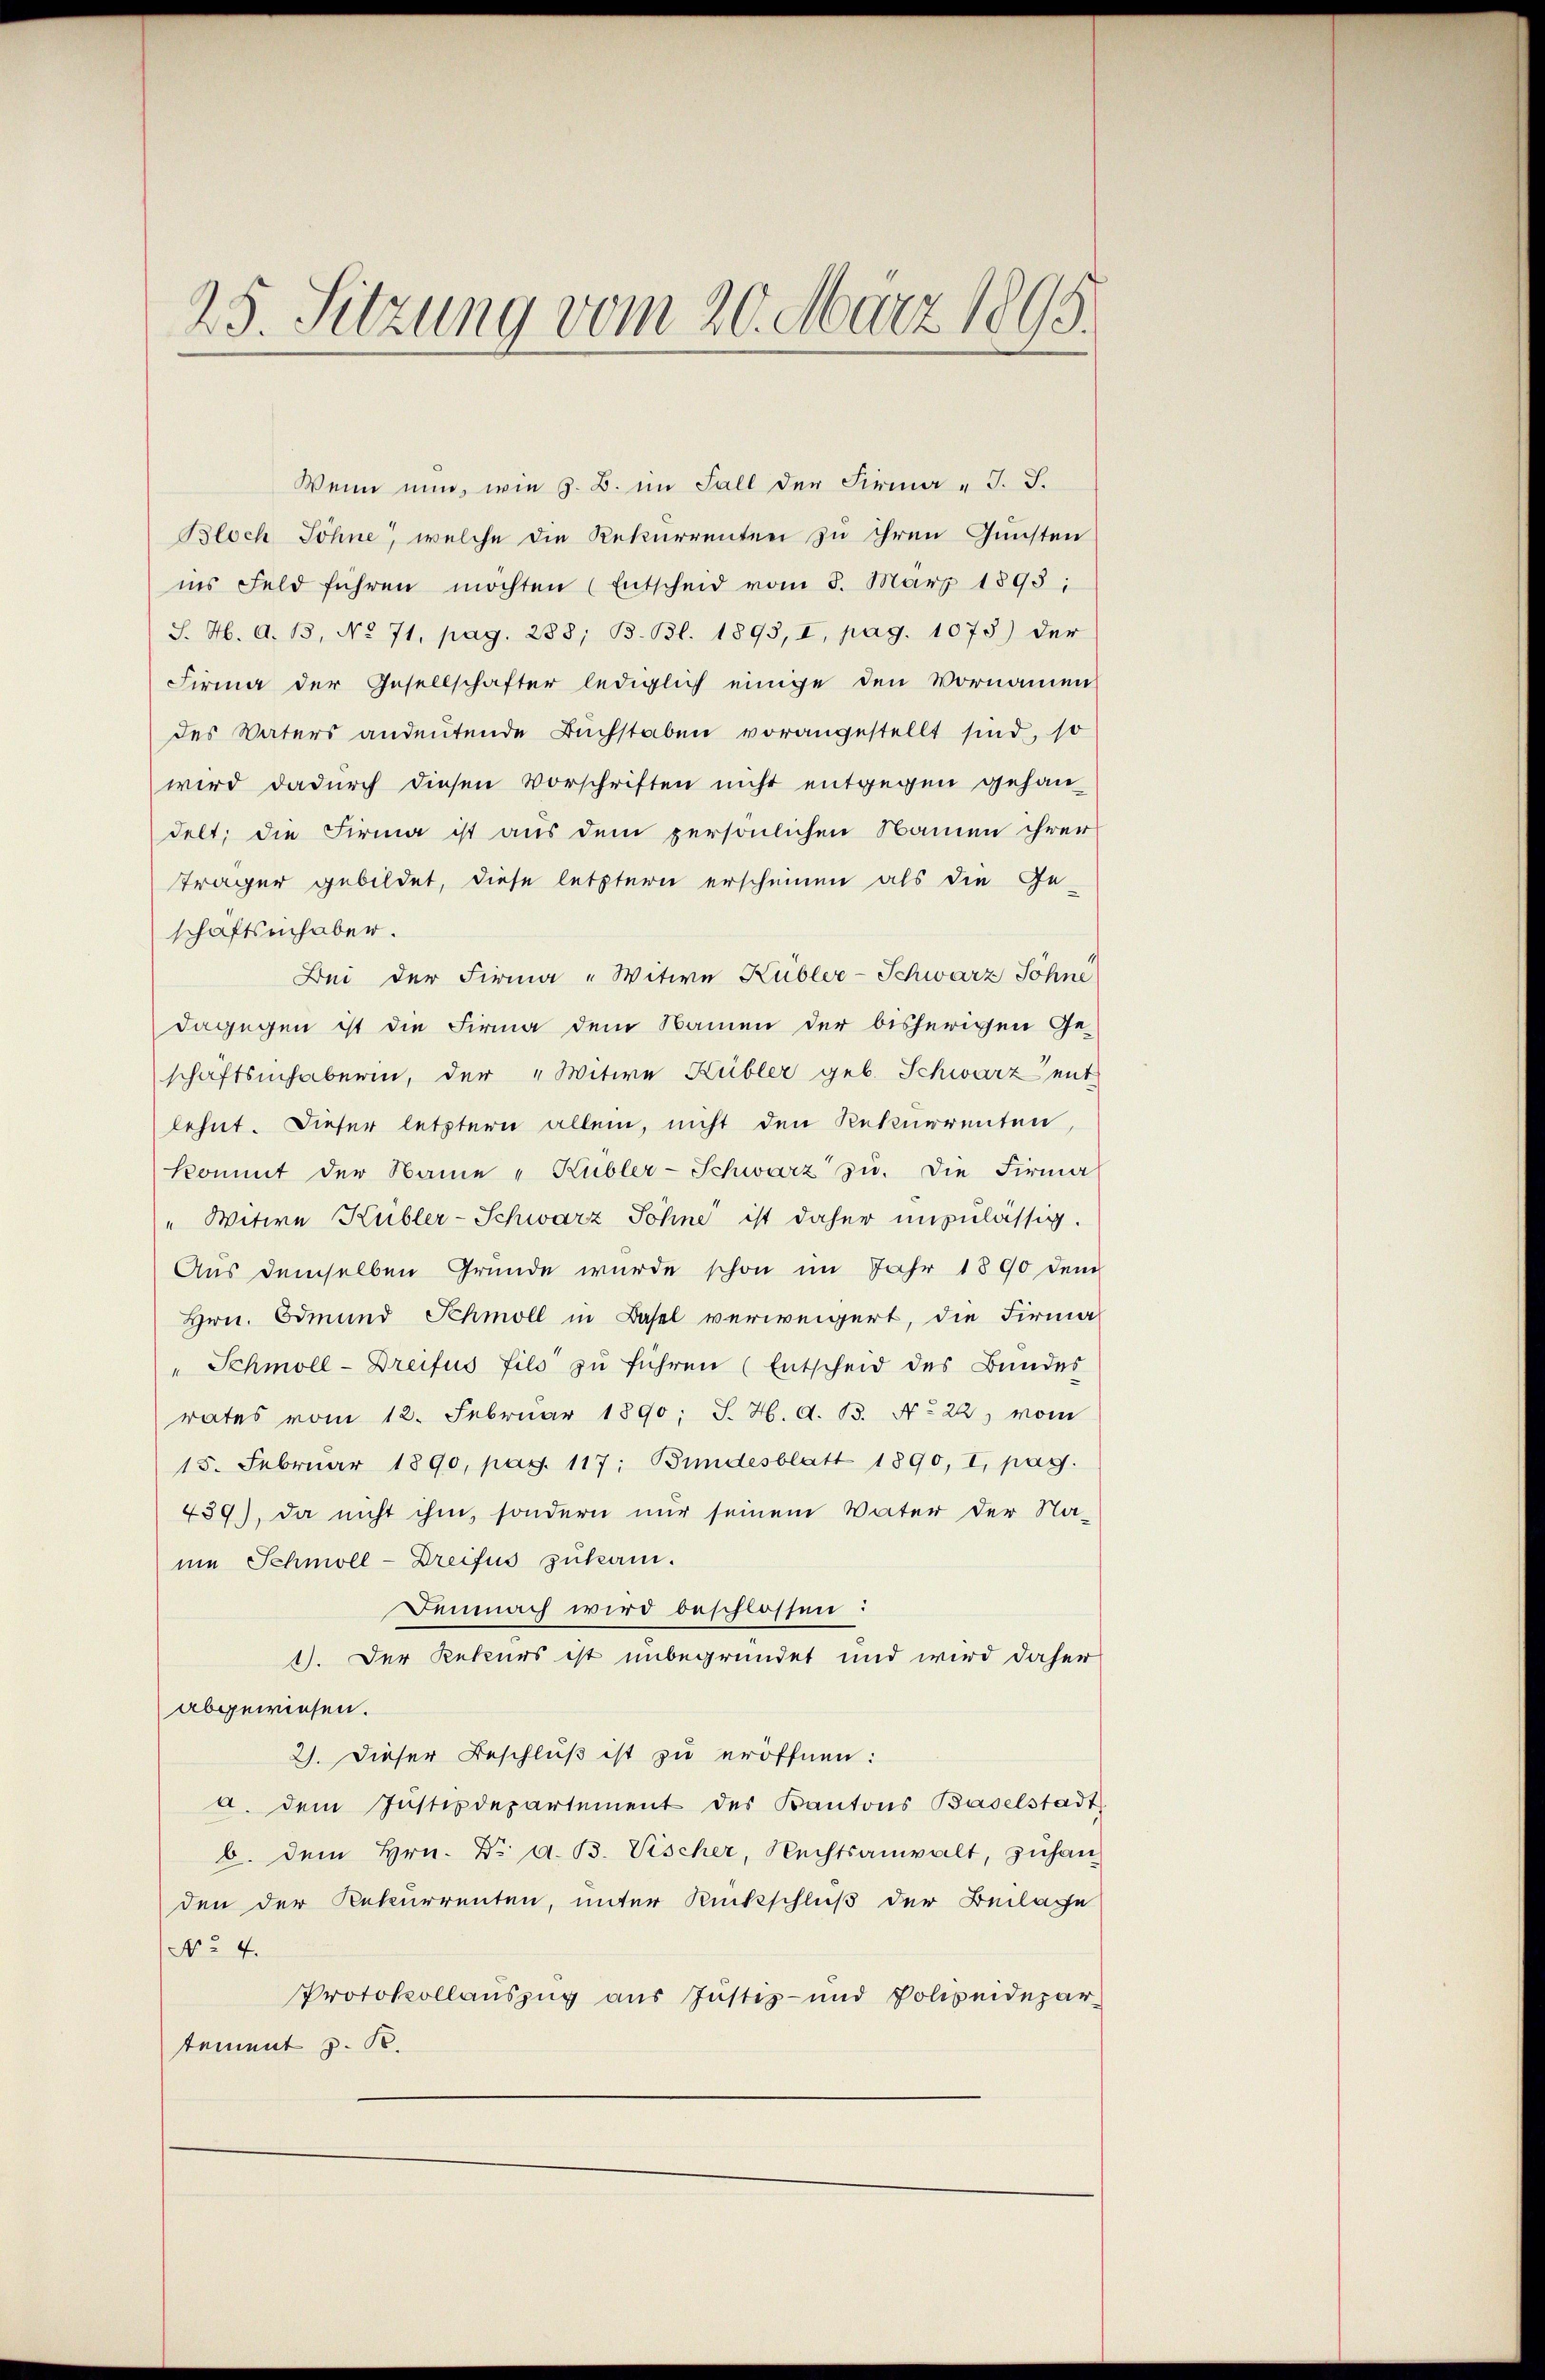
25. Sitzung vom 20. März 1895.

Wenn nun, wie z. B. im Fall der Firma J. J.
Bloch Söhne, welche die Rekurrenten zu ihren Gunsten
ins Feld führen möchten (Entscheid vom 8. März 1898:
S. H. d. 13, No 71, pag. 288; B. Bl. 1893, I, pag. 1073) der
Firma der Gesellschafter lediglich einige den Vornamen
des Vaters andeutende Buchstaben vorangestellt sind, so
wird dadurch diesen Vorschriften nicht entgegen gehan-
delt; die Firma ist aus dem persönlichen Namen ihrer
träger gebildet, diese letztern erscheinen als die Ge-
schaftsinhaber.
Bei der Firma -Witwe Kübler-Schwarz Söhne
dagegen ist die Firma dem Namen der bisherigen Ge-
schaftsinhaberin, der „Witwe Kübler geb. Schwarz ent-
lehnt. Dieser letztern allein, nicht den Rekurrenten,
kommt der Name "Kübler-Schwarz zu. Die Firma
" Witwe Kübler-Schwarz Sohne ist daher unzulässig.
Aus demselben Grunde wurde schon im Jahr 1890 dem
Hrn. Edmund Schmoll in Basel verweigert, die Firmal
" Schmoll-Dreifus fils zŭ führen (Entscheid des Bŭndes
rates vom 12. Februar 1890; J. H. d. B. No 22) vom
15. Februar 1890, pag. 117: Bundesblatt 1890, I, pag.
439), da nicht ihm, sondern nur seinem Vater der Na-
nie Schmoll-Dreifus zukam.
Demnach wird beschlossen:
1). Der Rekurs ist unbegründet und wird daher
abgewiesen.
2). Dieser Beschluß ist zu eröffnen:
a. dem Justizdepartement des Kantons Baselstadt
b. dem Hrn. Dr A. B. Vischer, Rechtsanwalt, zuhanden der Rekurrenten, unter Rückschluß der Beilage
No 4.
Protokollauszug aus Justiz- und Polizeidepartement z. R.